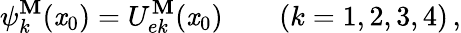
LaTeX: \psi_{k}^{\mathbf{M}}(\mathit{x}_{0})=U_{ek}^{\mathbf{M}}(\mathit{x}_{0})\qquad(k=1,2,3,4)\, ,